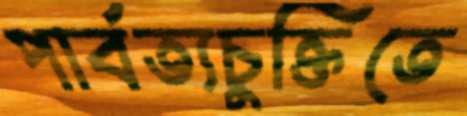
পার্বত্যচুক্তিতে